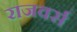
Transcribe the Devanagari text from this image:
राजवर्स